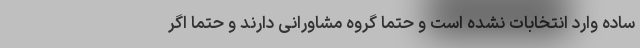
ساده وارد انتخابات نشده است و حتماً گروه مشاورانی دارند و حتماً اگر